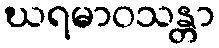
ဃရမာဝသန္တာ